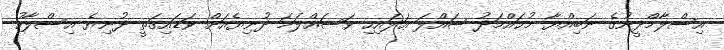
އިސްލާމްދީނުގެ ނަބިއްޔާ މުޙައްމަދު ޞައްލަ ޢަލައިހި ވަސައްލަމަ ދުނިޔެއަށް ވަޑައިގަތީ ދުނިޔެ އިސްލާހު